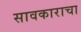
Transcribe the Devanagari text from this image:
सावकाराचा